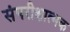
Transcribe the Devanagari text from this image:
संपरीक्षात्मक